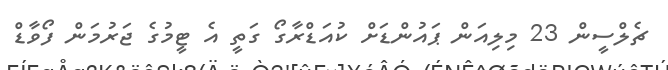
ޗެލްސީން 23 މިލިއަން ޕައުންޑަށް ކުއަޑްރާގޯ ގަތީ އެ ޓީމުގެ ޖަރުމަން ފޯވާޑް